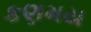
કણમય